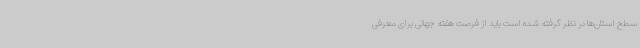
سطح استان‌ها در نظر گرفته شده است باید از فرصت هفته جهانی برای معرفی